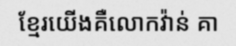
ខ្មែរយើងគឺលោកវ៉ាន់ គា